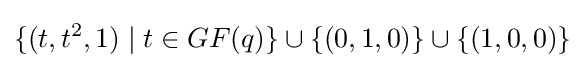
\{(t,t^{2},1)\mid t\in GF(q)\}\cup \{(0,1,0)\}\cup \{(1,0,0)\}